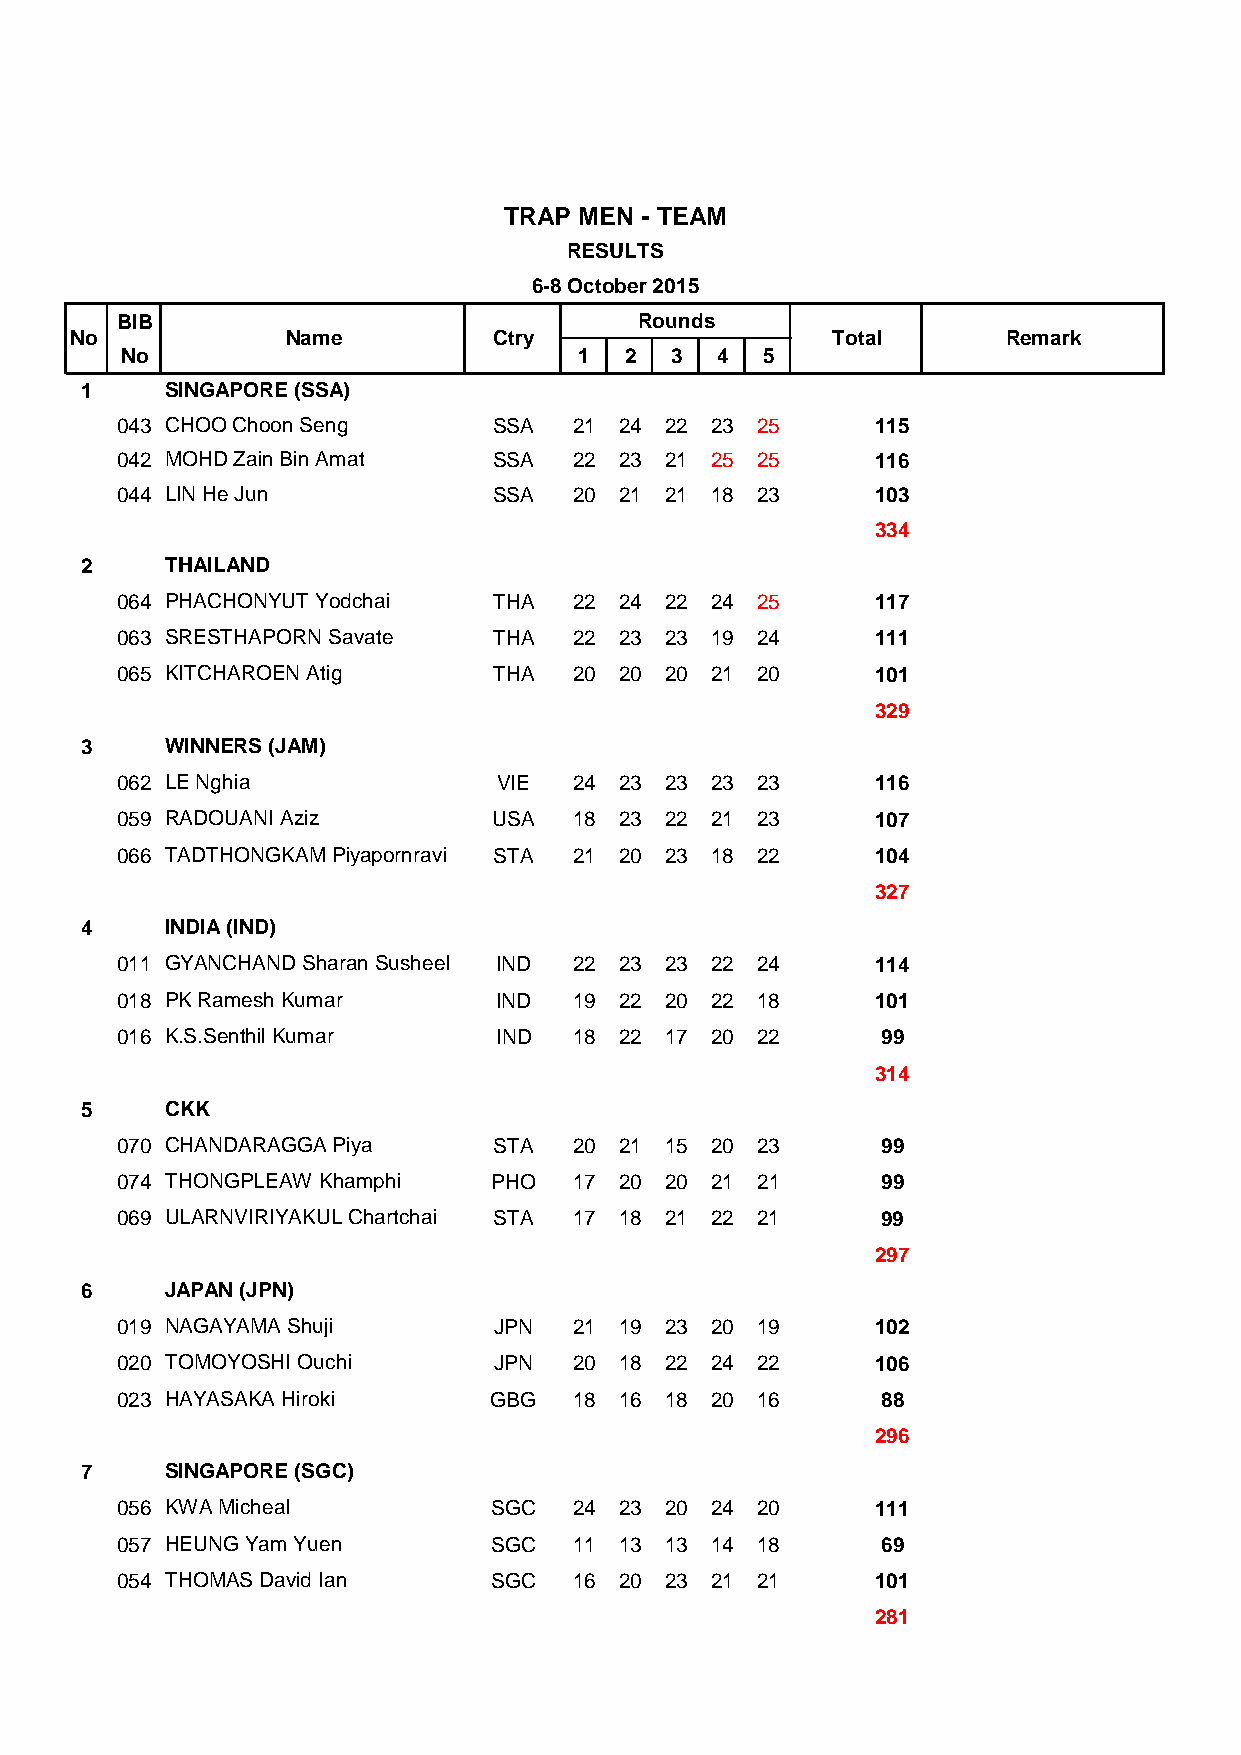
TRAP MEN - TEAM
 RESULTS
 6-8 October 2015
 BIB                               Rounds
 No            Name          Ctry                  Total       Remark
 No                            1  2  3  4  5
 1     SINGAPORE (SSA)
 043 CHOO Choon Seng      SSA  21 24 22 23 25      115
 042 MOHD Zain Bin Amat   SSA  22 23 21 25 25      116
 044 LIN He Jun           SSA  20 21 21 18 23      103
 334
 2     THAILAND
 064 PHACHONYUT Yodchai   THA  22 24 22 24 25      117
 063 SRESTHAPORN Savate   THA  22 23 23 19 24      111
 065 KITCHAROEN Atig      THA  20 20 20 21 20      101
 329
 3     WINNERS (JAM)
 062 LE Nghia             VIE  24 23 23 23 23      116
 059 RADOUANI Aziz        USA  18 23 22 21 23      107
 066 TADTHONGKAM Piyapornravi STA 21 20 23 18 22   104
 327
 4     INDIA (IND)
 011 GYANCHAND Sharan Susheel IND 22 23 23 22 24   114
 018 PK Ramesh Kumar      IND  19 22 20 22 18      101
 016 K.S.Senthil Kumar    IND  18 22 17 20 22      99
 314
 5     CKK
 070 CHANDARAGGA Piya     STA  20 21 15 20 23      99
 074 THONGPLEAW Khamphi  PHO   17 20 20 21 21      99
 069 ULARNVIRIYAKUL Chartchai STA 17 18 21 22 21   99
 297
 6     JAPAN (JPN)
 019 NAGAYAMA Shuji       JPN  21 19 23 20 19      102
 020 TOMOYOSHI Ouchi      JPN  20 18 22 24 22      106
 023 HAYASAKA Hiroki     GBG   18 16 18 20 16      88
 296
 7     SINGAPORE (SGC)
 056 KWA Micheal         SGC   24 23 20 24 20      111
 057 HEUNG Yam Yuen      SGC   11 13 13 14 18      69
 054 THOMAS David Ian    SGC   16 20 23 21 21      101
 281